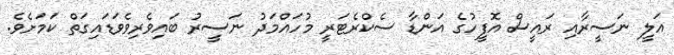
އަލީ ނަސީރާއި ރައީސް އޮފީހުގެ އަންޑާ ސެކްރެޓަރީ މުހައްމަދު ނަސީރު ބައިވެރިވެވަޑައިގަތް ކަމަށެވެ.